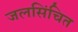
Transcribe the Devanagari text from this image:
जलसिंचित